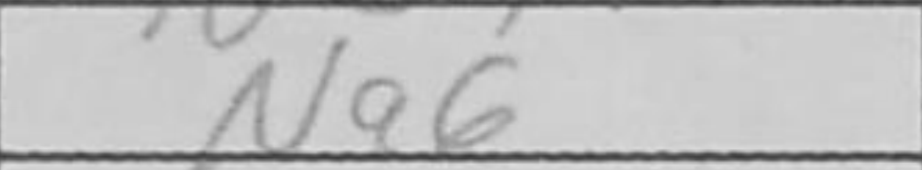
Transcription: Na6